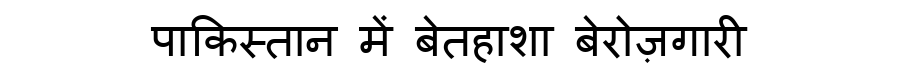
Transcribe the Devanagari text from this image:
पाकिस्तान में बेतहाशा बेरोज़गारी